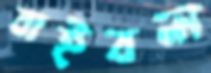
বাইবল